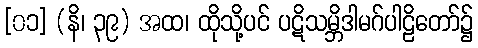
[၀၁] (နိ၊ ၃၉) အထ၊ ထိုသို့ပင် ပဋိသမ္ဘိဒါမဂ်ပါဠိတော်၌